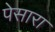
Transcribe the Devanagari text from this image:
पेसारा